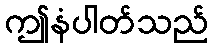
ဤနံပါတ်သည်